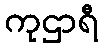
ကုဌာရီ